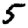
Digit: 5